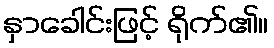
နှာခေါင်းဖြင့် ရိုက်၏။